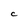
Character: C